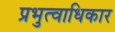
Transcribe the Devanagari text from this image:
प्रभुत्वाधिकार